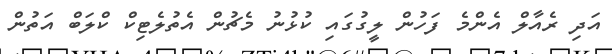
އަދި ރެއާލް އެންމެ ފަހުން ލީގުގައި ކުޅުނު މެޗުން އެތުލެޓިކް ކްލަބް އަތުން